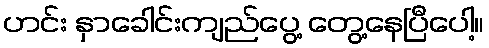
ဟင်း နှာခေါင်းကျည်ပွေ့ တွေ့နေပြီပေါ့။